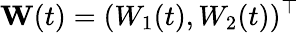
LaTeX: \mathbf W(t)=(W_{1}(t),W_{2}(t))^{\top}